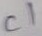
Text: C1